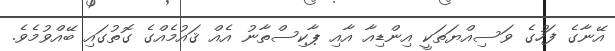
އޭނާގެ ފަހުގެ ވަސިއްޔަތަކީ އިންޑިއާ އާއި ޕާކިސްތާނު އެއް ޤައުމެއްގެ ގޮތުގައި ބޭއްވުމެވެ.